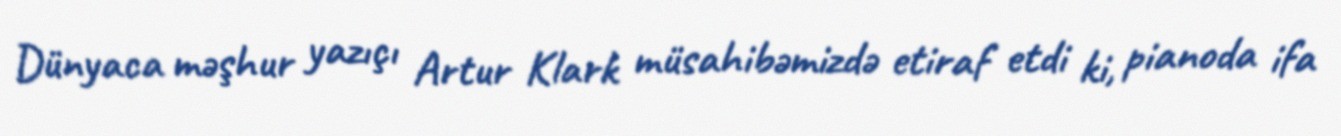
Dünyaca məşhur yazıçı Artur Klark müsahibəmizdə etiraf etdi ki, pianoda ifa